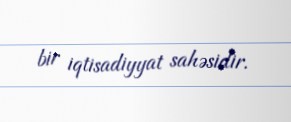
bir iqtisadiyyat sahəsidir.